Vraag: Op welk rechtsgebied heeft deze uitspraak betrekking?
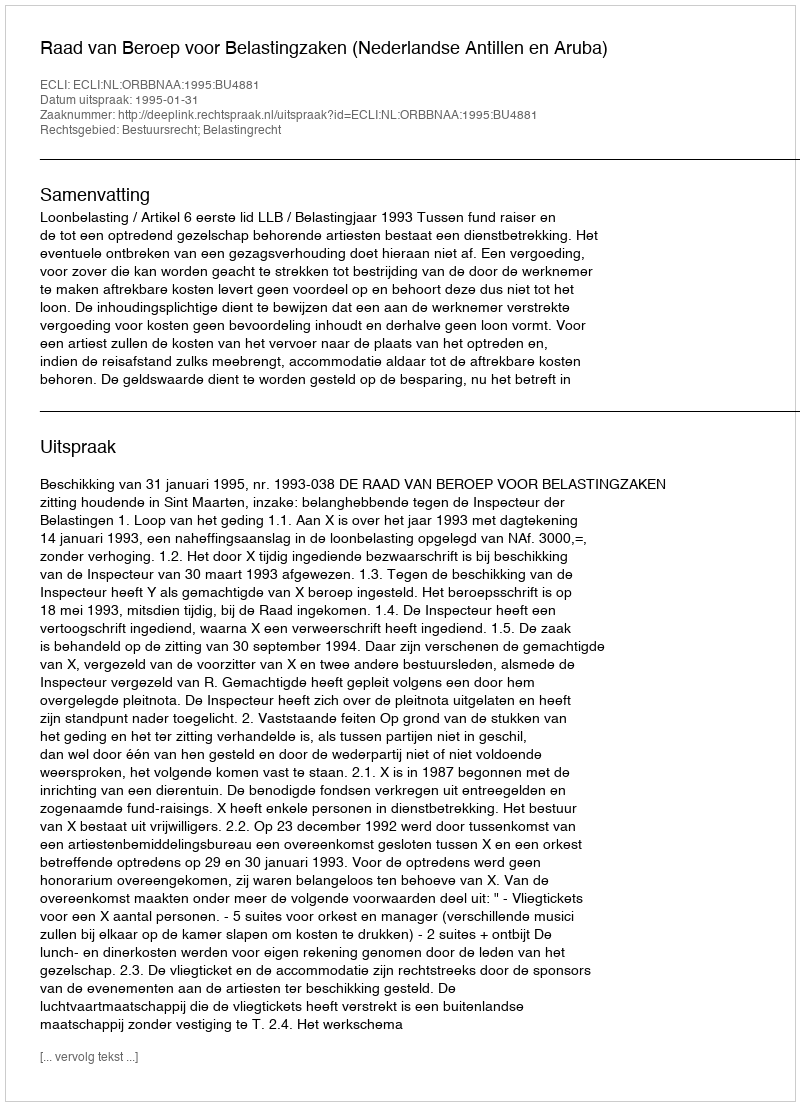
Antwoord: Bestuursrecht; Belastingrecht